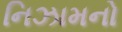
નિઝામનો